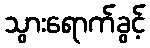
သွားရောက်ခွင့်